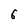
Character: 6